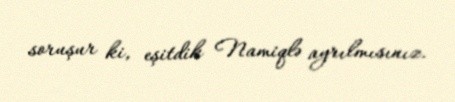
soruşur ki, eşitdik Namiqlə ayrılmısınız.